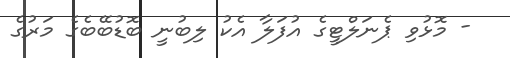
- މޮޅުވި ޕެނަލްޓީގެ އުފަލާ އެކު ލިބުނީ ބޮޑުބޭބެގެ މަރުގެ